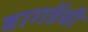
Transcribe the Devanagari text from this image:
बागडेंची